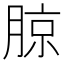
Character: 𰗉